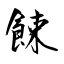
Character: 餗